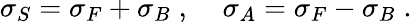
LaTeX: \sigma_{S}=\sigma_{F}+\sigma_{B}\; ,\; \; \; \; \sigma_{A}=\sigma_{F}-\sigma_{B}\; .